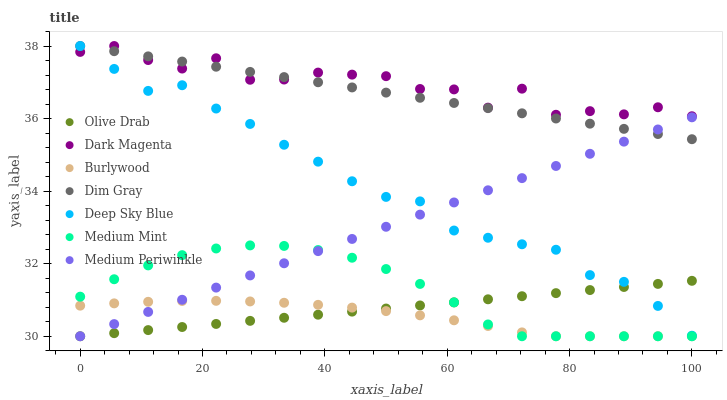
| xaxis_label | Olive Drab | Dark Magenta | Burlywood | Dim Gray | Deep Sky Blue | Medium Mint | Medium Periwinkle |
 | --- | --- | --- | --- | --- | --- | --- | --- |
 | 0 | 30 | 37.8 | 30.8 | 38 | 38 | 31.1 | 30 |
 | 5.56 | 30.1 | 38 | 30.9 | 37.9 | 37.4 | 31.6 | 30.3 |
 | 11.1 | 30.2 | 37.6 | 30.9 | 37.7 | 36.8 | 32 | 30.7 |
 | 16.7 | 30.3 | 37.4 | 31 | 37.6 | 36.9 | 32.2 | 31 |
 | 22.2 | 30.3 | 37.7 | 31 | 37.4 | 36.3 | 32.4 | 31.3 |
 | 27.8 | 30.4 | 37.1 | 31 | 37.3 | 35.9 | 32.5 | 31.7 |
 | 33.3 | 30.5 | 37.1 | 30.9 | 37.1 | 35.3 | 32.5 | 32 |
 | 38.9 | 30.6 | 37.3 | 30.9 | 37 | 34.8 | 32.4 | 32.3 |
 | 44.4 | 30.7 | 37.2 | 30.8 | 36.9 | 34.3 | 32.2 | 32.7 |
 | 50 | 30.8 | 37.2 | 30.7 | 36.7 | 33.8 | 31.9 | 33 |
 | 55.6 | 30.8 | 36.8 | 30.6 | 36.6 | 33.7 | 31.4 | 33.4 |
 | 61.1 | 30.9 | 36.8 | 30.4 | 36.4 | 32.9 | 30.9 | 33.7 |
 | 66.7 | 31 | 36.3 | 30.3 | 36.3 | 32.7 | 30.3 | 34 |
 | 72.2 | 31.1 | 36.8 | 30.1 | 36.1 | 32.5 | 30 | 34.4 |
 | 77.8 | 31.2 | 36.1 | 30 | 36 | 32.4 | 30 | 34.7 |
 | 83.3 | 31.3 | 36.2 | 30 | 35.9 | 31.7 | 30 | 35 |
 | 88.9 | 31.4 | 36.1 | 30 | 35.7 | 31.5 | 30 | 35.4 |
 | 94.4 | 31.4 | 36.3 | 30 | 35.6 | 30.8 | 30 | 35.7 |
 | 100 | 31.5 | 36.1 | 30 | 35.4 | 30 | 30 | 36 |